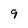
Character: 9